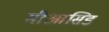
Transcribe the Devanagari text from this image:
मीआसिड